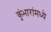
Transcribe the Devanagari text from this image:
कुंभारांमध्ये